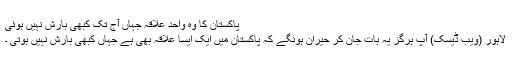
پاکستان کا وہ واحد علاقہ جہاں آج تک کبھی بارش نہیں ہوئی
لاہور (ویب ڈیسک) آپ ہرگز یہ بات جان کر حیران ہونگے کہ پاکستان میں ایک ایسا علاقہ بھی ہے جہاں کبھی بارش نہیں ہوتی ۔